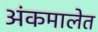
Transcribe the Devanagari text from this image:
अंकमालेत